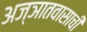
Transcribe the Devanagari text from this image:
अज्ञातवासाची